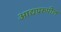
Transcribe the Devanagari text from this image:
आद्यप्ररुपील